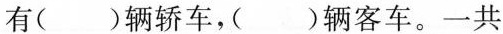
有（）辆轿车，（）辆客车。一共